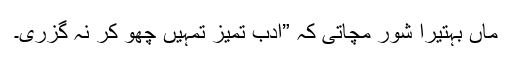
ماں بہتیرا شور مچاتی کہ ”ادب تمیز تمہیں چھو کر نہ گزری۔